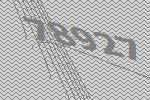
78927